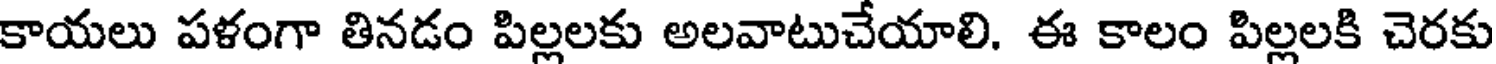
కాయలు పళంగా తినడం పిల్లలకు అలవాటుచేయాలి. ఈ కాలం పిల్లలకి చెరకు